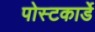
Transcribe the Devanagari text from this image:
पोस्टकार्डे